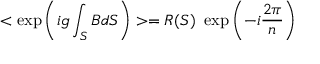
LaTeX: < \exp \left( i g \int _ { S } B d S \right) > = R ( S ) ~ \exp \left( - i \frac { 2 \pi } { n } \right)